Trukikaitis_Postimees, lk 52
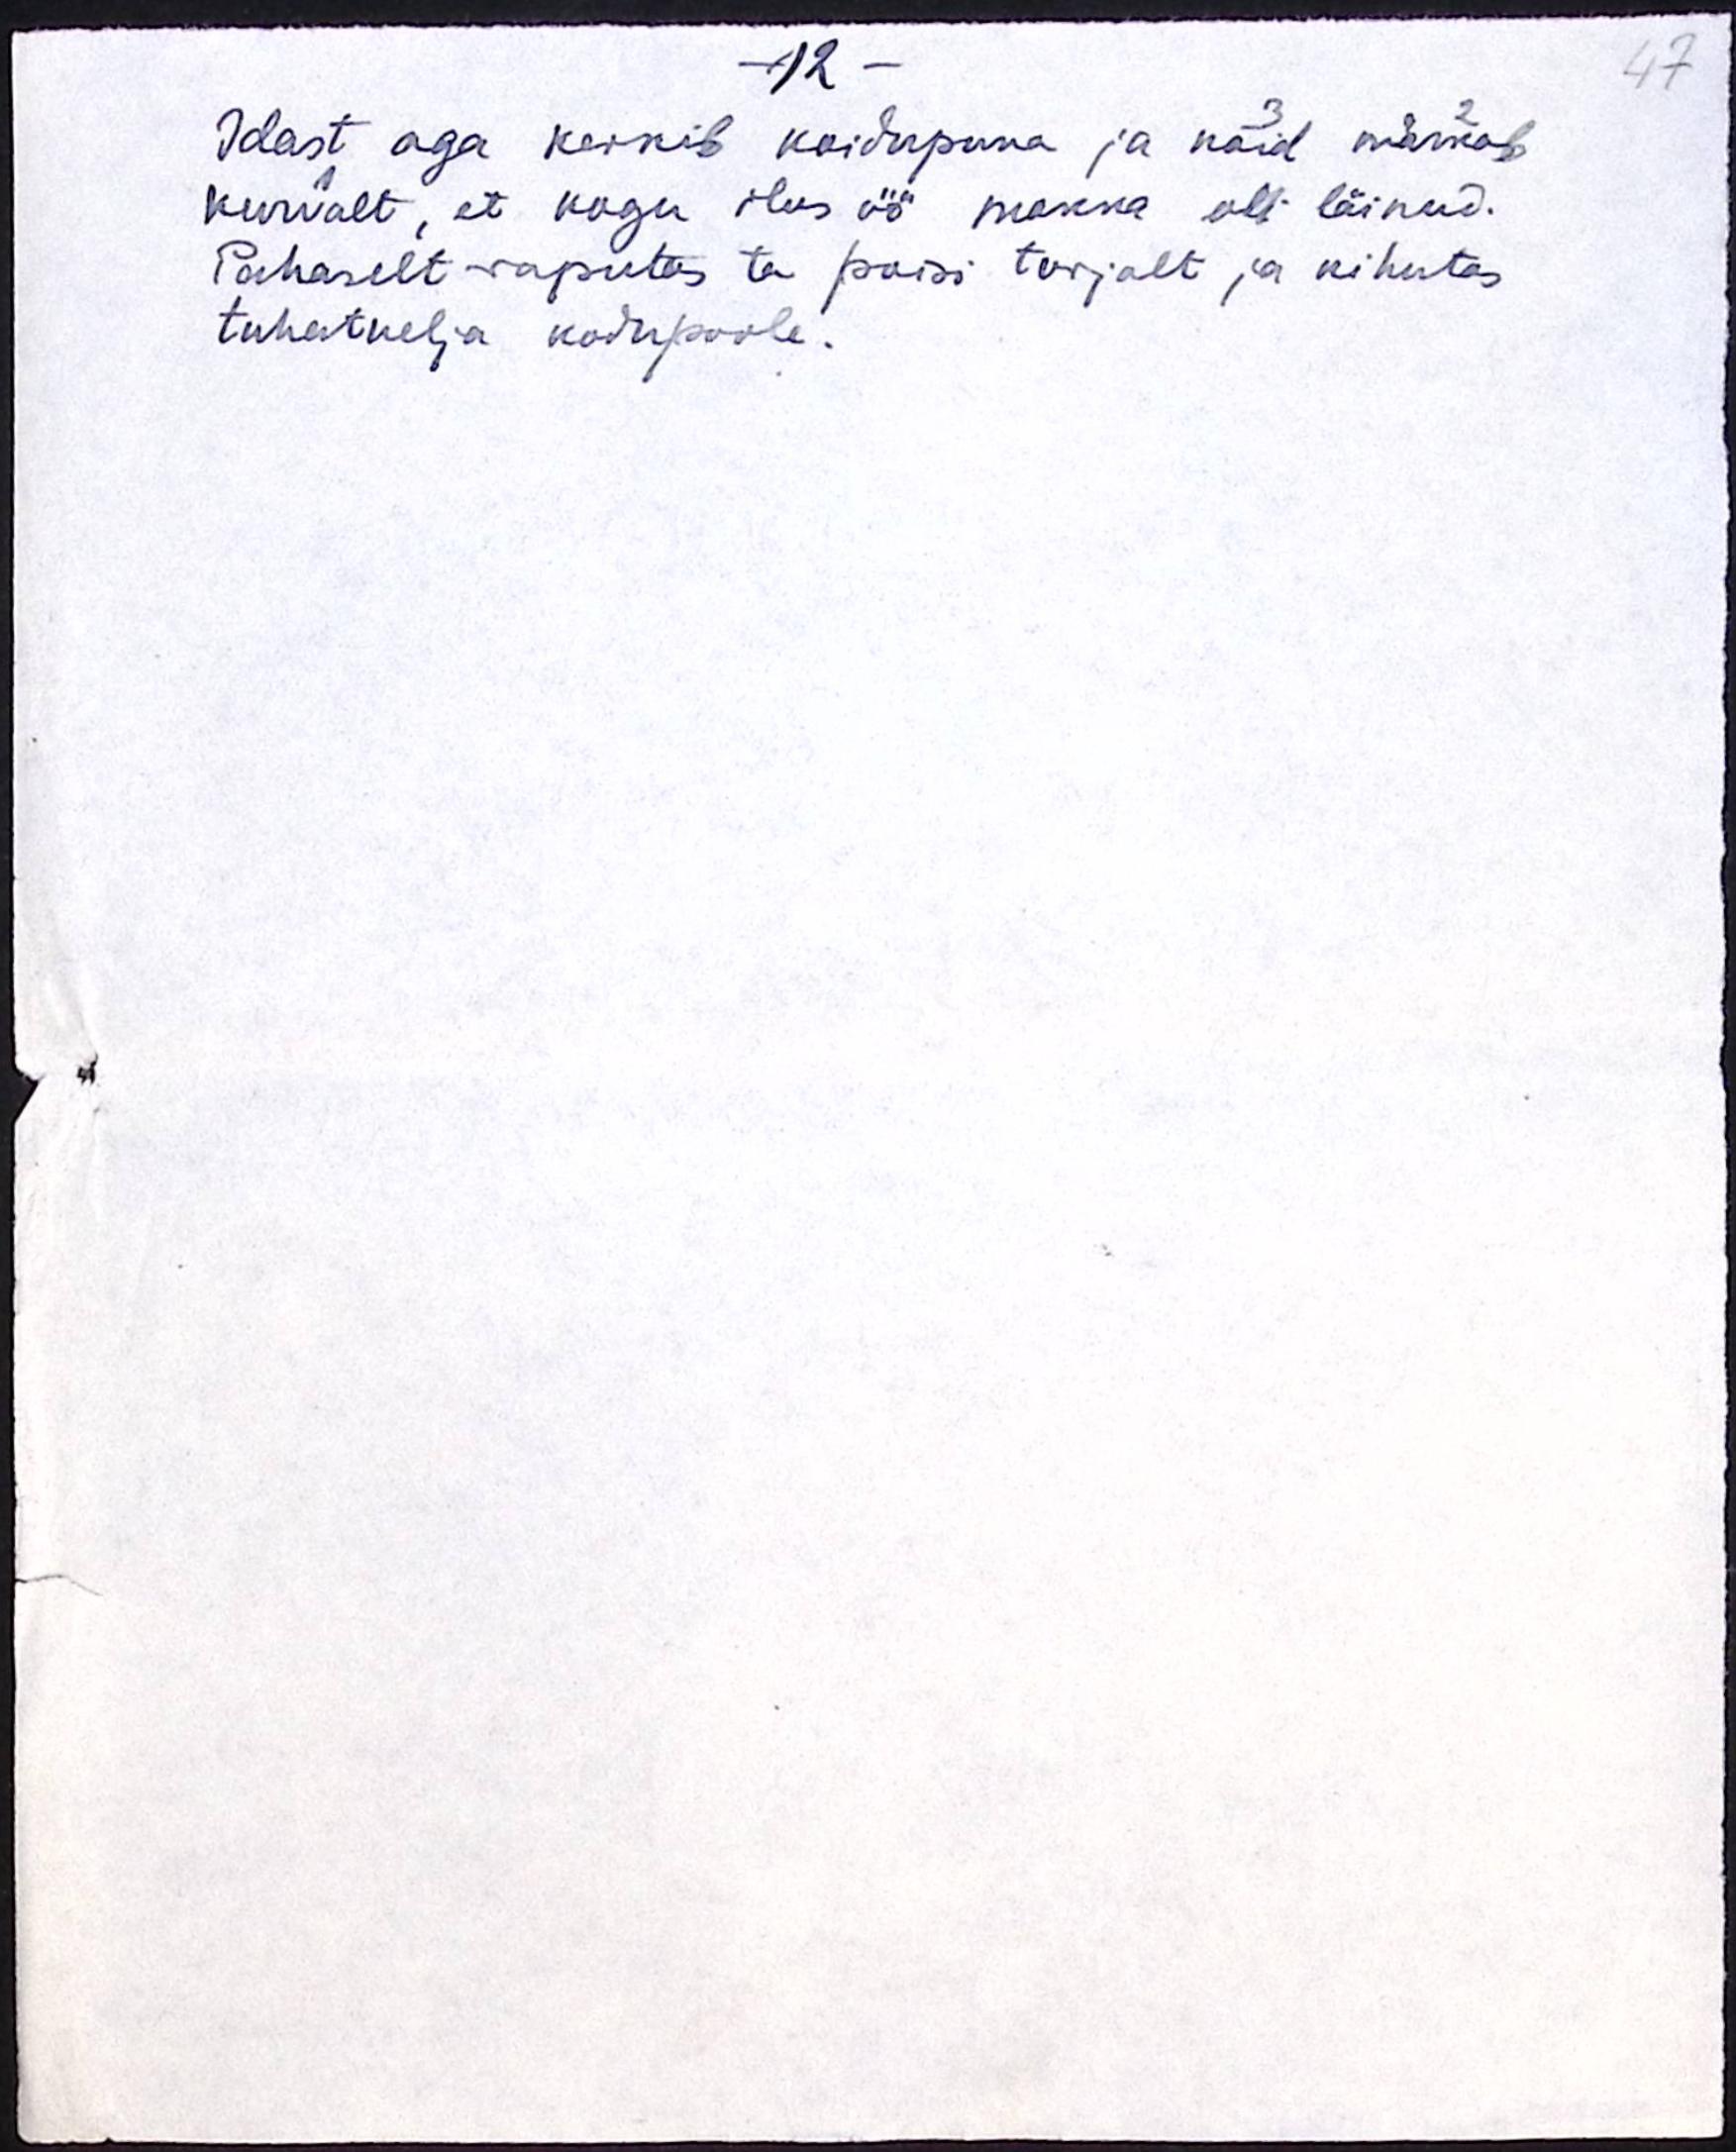
12

47

Idast aga kerkib koidupuna ja nõid märkab
kurvalt, et kogu ilus öö mokka oli läinud.
Pahaselt raputas ta poisi turjalt ja kihutas
tuhatnelja kodupoole.